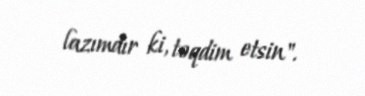
lazımdır ki, təqdim etsin".